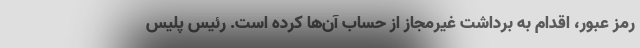
رمز عبور، اقدام به برداشت غیرمجاز از حساب آن‌ها کرده است. رئیس پلیس